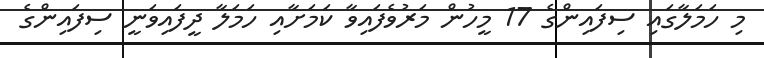
މި ހަމަލާގައި ސިފައިންގެ 17 މީހުން މަރުވެފައިވާ ކަމަށާއި ހަމަލާ ދީފައިވަނީ ސިފައިންގެ